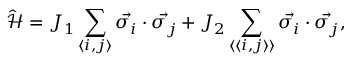
\hat { \mathcal { H } } = J _ { 1 } \sum _ { \langle i , j \rangle } \Vec { \sigma _ { i } } \cdot \Vec { \sigma _ { j } } + J _ { 2 } \sum _ { \langle \langle i , j \rangle \rangle } \Vec { \sigma _ { i } } \cdot \Vec { \sigma _ { j } } ,